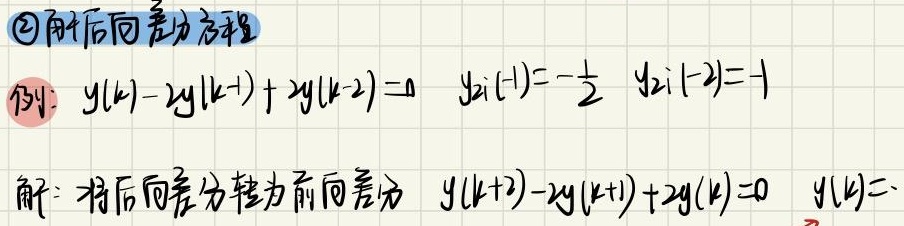
\textcircled{2} 解后向差分方程
例：$y(k)-2y(k - 1)+2y(k - 2)=0$  $y_{zi}(-1)=-\frac{1}{2}$  $y_{zi}(-2)=-1$
解：将后向差分转为前向差分  $y(k + 2)-2y(k + 1)+2y(k)=0$  $y(k)=$